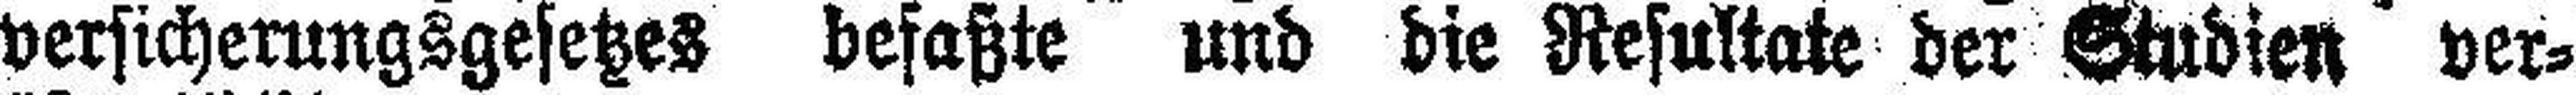
versicherungsgesetzes befaßte und die Resultate der Studien ver¬